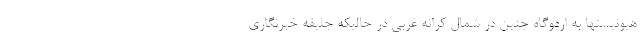
هیونیستها به اردوگاه جنین در شمال کرانه غربی در حالیکه جلیقه خبرنگاری